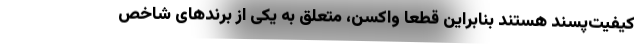
کیفیت‌پسند هستند بنابراین قطعا واکسن، متعلق به یکی از برندهای شاخص